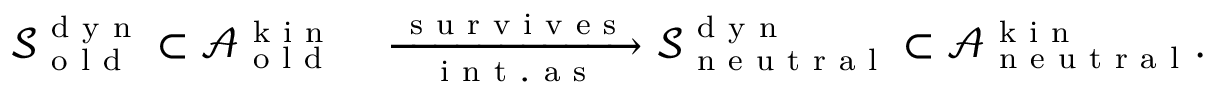
\begin{array} { r l } { \mathcal { S } _ { \mathrm { ~ o ~ l ~ d ~ } } ^ { \mathrm { ~ d ~ y ~ n ~ } } \subset \mathcal { A } _ { \mathrm { ~ o ~ l ~ d ~ } } ^ { \mathrm { ~ k ~ i ~ n ~ } } } & { { } \xrightarrow [ \mathrm { ~ i ~ n ~ t ~ . ~ a ~ s ~ } ] { \mathrm { ~ s ~ u ~ r ~ v ~ i ~ v ~ e ~ s ~ } } \mathcal { S } _ { \mathrm { ~ n ~ e ~ u ~ t ~ r ~ a ~ l ~ } } ^ { \mathrm { ~ d ~ y ~ n ~ } } \subset \mathcal { A } _ { \mathrm { ~ n ~ e ~ u ~ t ~ r ~ a ~ l ~ } } ^ { \mathrm { ~ k ~ i ~ n ~ } } . } \end{array}